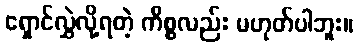
ရှောင်လွှဲလို့ရတဲ့ ကိစ္စလည်း မဟုတ်ပါဘူး။